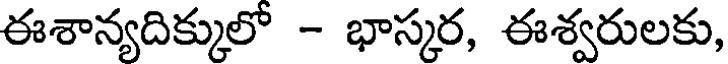
ఈశాన్యదిక్కులో - భాస్కర, ఈశ్వరులకు,